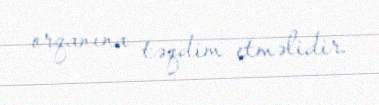
orqanına təqdim etməlidir.